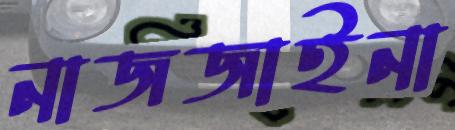
নাজজাইনা